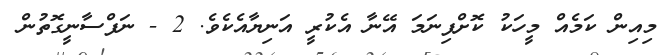
މިއިން ކަމެއް މީހަކު ކޮށްފިނަމަ އޭނާ އެކުރީ އަނިޔާއެކެވެ. 2 - ނަފްސާނީގޮތުން